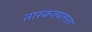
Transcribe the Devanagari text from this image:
तारकल्पलता